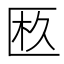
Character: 𠥂